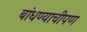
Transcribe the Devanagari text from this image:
बांधण्याचीपण